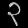
Digit: ၃